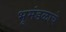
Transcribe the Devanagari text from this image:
भूमंडळाचे